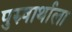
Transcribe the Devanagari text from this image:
पुरुषार्थाला